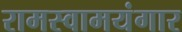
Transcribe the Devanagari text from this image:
रामस्वामयंगार